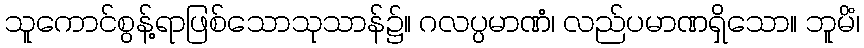
သူကောင်စွန့်ရာဖြစ်သောသုသာန်၌။ ဂလပ္ပမာဏံ၊ လည်ပမာဏရှိသော။ ဘူမိံ၊